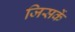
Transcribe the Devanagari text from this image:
जिसकें